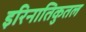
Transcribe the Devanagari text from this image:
इरिनातिकुतल